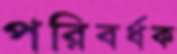
পরিবর্ধক